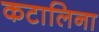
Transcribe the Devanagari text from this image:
कटालिना